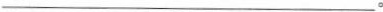
___。